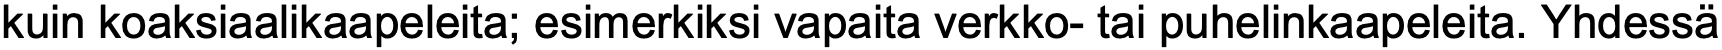
kuin koaksiaalikaapeleita; esimerkiksi vapaita verkko- tai puhelinkaapeleita. Yhdessä